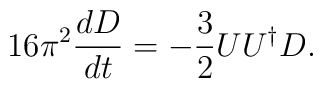
16 \pi^2 \frac{dD}{dt} = -\frac{3}{2} UU^{\dagger} D.